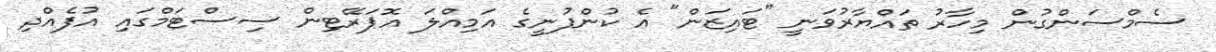
ސެމްސަންގުން މިހާރު ތައްޔާރުވަނީ "ޓައިޒަން" އެ ކުންފުނީގެ އަމިއްލަ އޮޕަރޭޓިން ސިސްޓަމްގައި އުފެއްދި